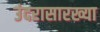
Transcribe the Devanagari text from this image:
उंदरासारख्या